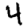
Digit: 4